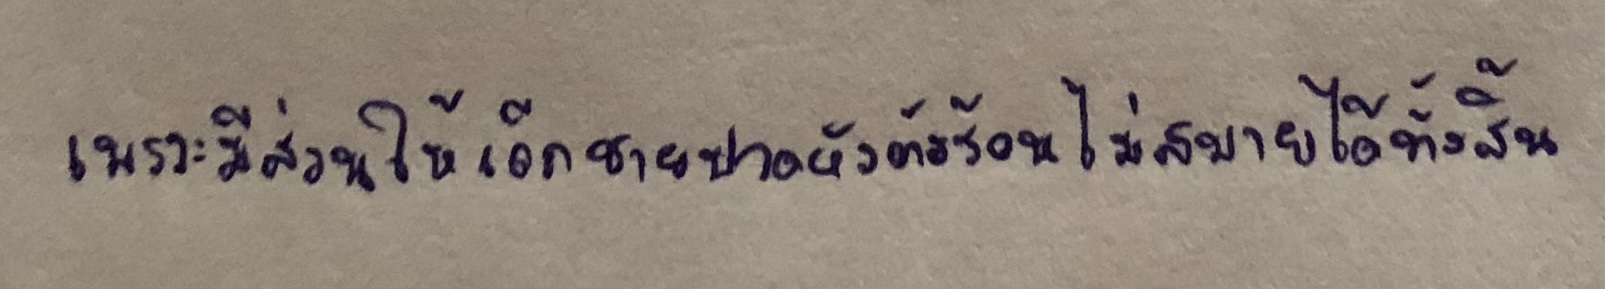
เพราะมีส่วนให้เด็กชายปวดหัวตัวร้อนไม่สบายได้ทั้งสิ้น